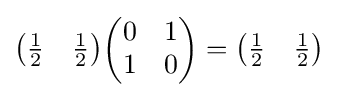
{\begin{pmatrix}{\frac {1}{2}}&{\frac {1}{2}}\end{pmatrix}}{\begin{pmatrix}0&1\\1&0\end{pmatrix}}={\begin{pmatrix}{\frac {1}{2}}&{\frac {1}{2}}\end{pmatrix}}